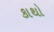
કાથો